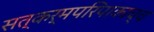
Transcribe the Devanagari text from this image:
सत्कर्मपरिपाकाच्च